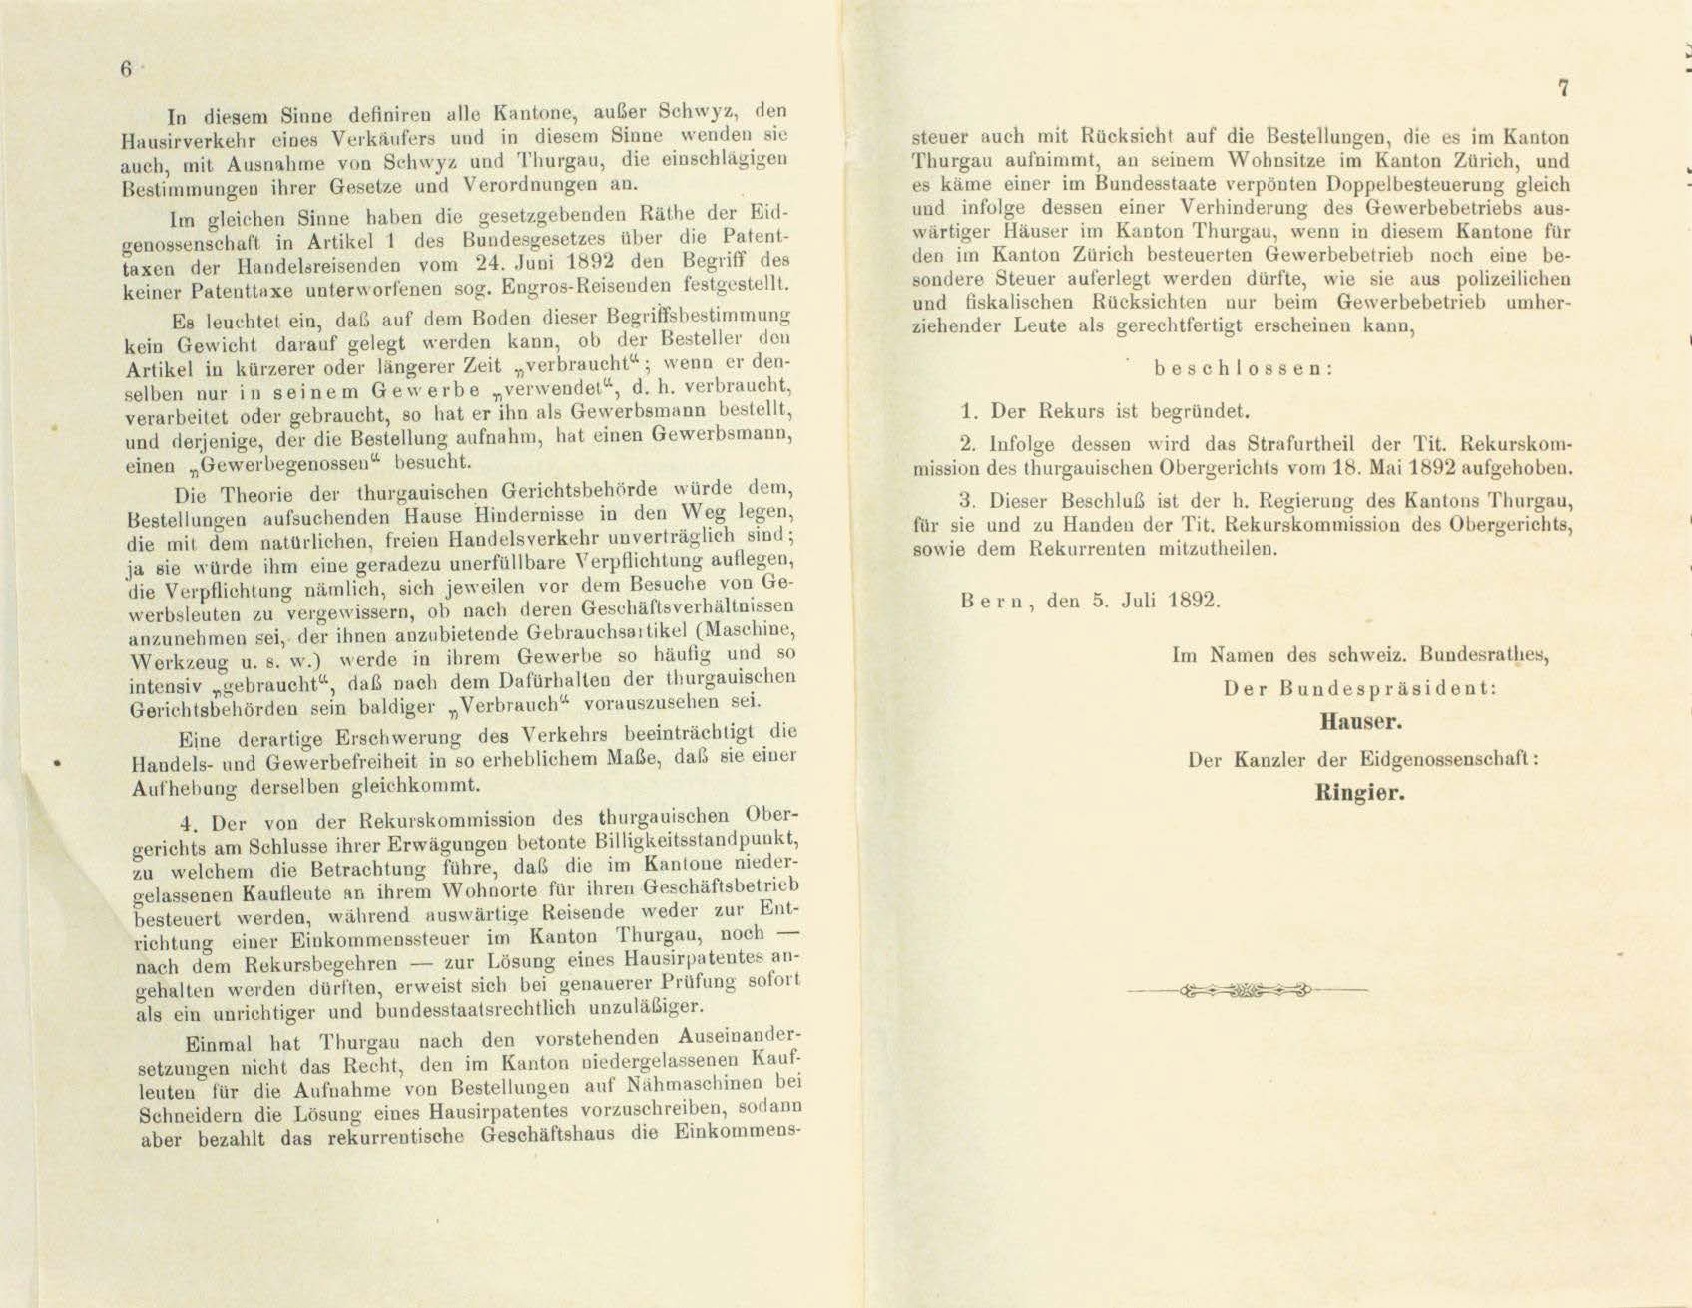
In diesem Sinne definiren alle Kantone, auser Schwyz, den

Hausirverkehr eines Verkäufers und in diesem Sinne wenden sie
steuer auch mit Rücksicht auf die Bestellungen, die es im Kanton
Thurgau aufnimmt, an seinem Wohnsitze im Kanton Zürich, und
auch, mit Ausnahme von Schwyz und Thurgau, die einschlägigen
es käme einer im Bundesstaate verpönten Doppelbesteuerung gleich
Bestimmungen ihrer Gesetze und Verordnungen an.
und infolge dessen einer Verhinderung des Gewerbebetriebs aus-
Im gleichen Sinne haben die gesetzgebenden Räthe der Eid-
wärtiger Häuser im Kanton Thurgau, wenn in diesem Kantone für
genossenschaft in Artikel 1 des Bundesgesetzes über die Patent-
den im Kanton Zürich besteuerten Gewerbebetrieb noch eine be-
taxen der Handelsreisenden vom 24. Juni 1892 den Begriff des
sondere Steuer auferlegt werden dürfte, wie sie aus polizeilichen
keiner Patentinxe unterworfenen sog. Engros-Reisenden festgestellt.
und fiskalischen Rücksichten nur beim Gewerbebetrieb umher-
Es leuchtet ein, daß auf dem Boden dieser Begriffsbestimmung
ziehender Leute als gerechtfertigt erscheinen kann,
kein Gewicht darauf gelegt werden kann, ob der Besteller den
Artikel in kürzerer oder längerer Zeit „verbraucht“, wenn er den-
beschlossen:
selben nur in seinem Gewerbe „verwendet“, d. h. verbraucht,
1. Der Rekurs ist begründet.
verarbeitet oder gebraucht, so hat er ihn als Gewerbsmann bestellt,
und derjenige, der die Bestellung aufnahm, hat einen Gewerbsmann,
2. Infolge dessen wird das Strafurtheil der Tit. Rekurskom-
einen „Gewerbegenossen“ besucht.
mission des thurgauischen Obergerichts vom 18. Mai 1892 aufgehoben.
Die Theorie der thurgauischen Gerichtsbehörde würde dem,
3. Dieser Beschluß ist der h. Regierung des Kantons Thurgau,
Bestellungen aufsuchenden Hause Hindernisse in den Weg legen,
für sie und zu Handen der Tit. Rekurskommission des Obergerichts,
die mit dem natürlichen, freien Handelsverkehr unverträglich sind;
sowie dem Rekurrenten mitzutheilen.
ja sie würde ihm eine geradezu unerfüllbare Verpflichtung auflegen,
die Verpflichtung nämlich, sich jeweilen vor dem Besuche von Ge-
Bern, den 5. Juli 1892.
werbsleuten zu vergewissern, ob nach deren Geschäftsverhältnissen
anzunehmen sei, der ihnen anzubietende Gebrauchsartikel (Maschine,
Im Namen des schweiz. Bundesrathes,
Werkzeug u. s. w.) werde in ihrem Gewerbe so häufig und so
intensiv „gebraucht“, daß nach dem Dafürhalten der thurgauischen
Der Bundespräsident:
Gerichtsbehörden sein baldiger „Verbrauch“ vorauszusehen sei.
Hauser.
Eine derartige Erschwerung des Verkehrs beeinträchtigt die
Der Kanzler der Eidgenossenschaft:
Handels- und Gewerbefreiheit in so erheblichem Maße, daß sie einer
Aufhebung derselben gleichkommt.
Ringier.
4. Der von der Rekurskommission des thurgauischen Ober-
gerichts am Schlüsse ihrer Erwägungen betonte Billigkeitsstandpunkt,
zu welchem die Betrachtung führe, daß die im Kantone nieder-
gelassenen Kaufleute an ihrem Wohnorte für ihren Geschäftsbetrieb
besteuert werden, während auswärtige Reisende weder zur Ent-
richtung einer Einkommenssteuer im Kanton Thurgau, noch -
nach dem Rekursbegehren — zur Lösung eines Hausirpatentes an-
gehalten werden dürften, erweist sich bei genauerer Prüfung sofort
 |
als ein unrichtiger und bundesstaatsrechtlich unzuläßiger.
Einmal hat Thurgau nach den vorstehenden Auseinander-
setzungen nicht das Recht, den im Kanton niedergelassenen Kauf-
leuten für die Aufnahme von Bestellungen auf Nähmaschinen bei
Schneidern die Lösung eines Hausirpatentes vorzuschreiben, sodann
aber bezahlt das rekurrentische Geschäftshaus die Einkommens-